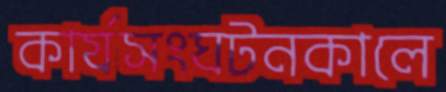
কার্যসংঘটনকালে